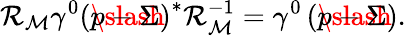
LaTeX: {\cal R}_{\cal M}\gamma^{0}\left(\rlap\slash p-\Sigma\right)^{*}{\cal R}_{\cal M}^{-1}=\gamma^{0}\left(\rlap\slash p-\Sigma\right).